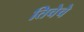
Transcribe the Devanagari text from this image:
तिचेचे